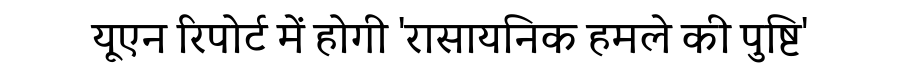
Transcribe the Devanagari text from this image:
यूएन रिपोर्ट में होगी 'रासायनिक हमले की पुष्टि'